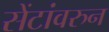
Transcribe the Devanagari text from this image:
सेंटांवरुन